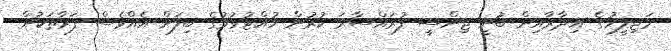
މަޖިލީހުގެ އިދާރާއިން ބުނީ ޖިންސީ ފުރައްސާރަ ކުރުން ހުއްޓުވުމުގެ ބިލަށް އެއްވެސް ފަރާތަކުން